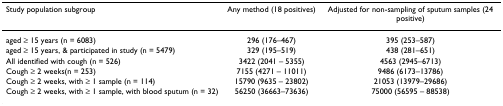
| Study population subgroup | Any method (18 positives) | Adjusted for non-sampling of sputum samples (24 positive) |
 | --- | --- | --- |
 | aged ≥ 15 years (n = 6083) | 296 (176–467) | 395 (253–587) |
 | aged ≥ 15 years, & participated in study (n = 5479) | 329 (195–519) | 438 (281–651) |
 | All identified with cough (n = 526) | 3422 (2041 – 5355) | 4563 (2945–6713) |
 | Cough ≥ 2 weeks(n = 253) | 7155 (4271 – 11011) | 9486 (6173–13786) |
 | Cough ≥ 2 weeks, with ≥ 1 sample (n = 114) | 15790 (9635 – 23802) | 21053 (13979–29686) |
 | Cough ≥ 2 weeks, with ≥ 1 sample, with blood sputum (n = 32) | 56250 (36663–73636) | 75000 (56595 – 88538) |